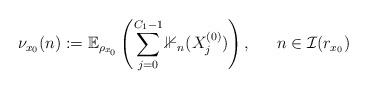
LaTeX: \begin{align*} \nu_{x_0}(n) := \mathbb{E}_{\rho_{x_{0}}}\left(\displaystyle \sum_{j = 0}^{C_1 - 1} \mathbb{1}_{n}(X_j^{(0)}) \right),\,\,\,\,\,\,\,\,\, n \in \mathcal{I}(r_{x_0}) \end{align*}